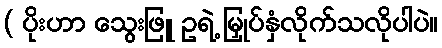
( ပိုးဟာ သွေးဖြူ ဥရဲ့ မြှုပ်နှံလိုက်သလိုပါပဲ။